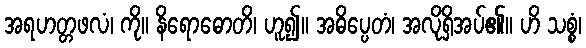
အရဟတ္တဖလံ၊ ကို။ နိရောဓောတိ၊ ဟူ၍။ အဓိပ္ပေတံ၊ အလိုရှိအပ်၏။ ဟိ သစ္စံ၊